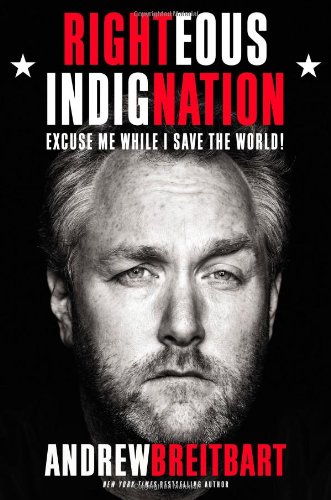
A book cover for Righteous Indignation: Excuse Me While I Save the World!; Andrew Breitbart; Biographies & Memoirs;